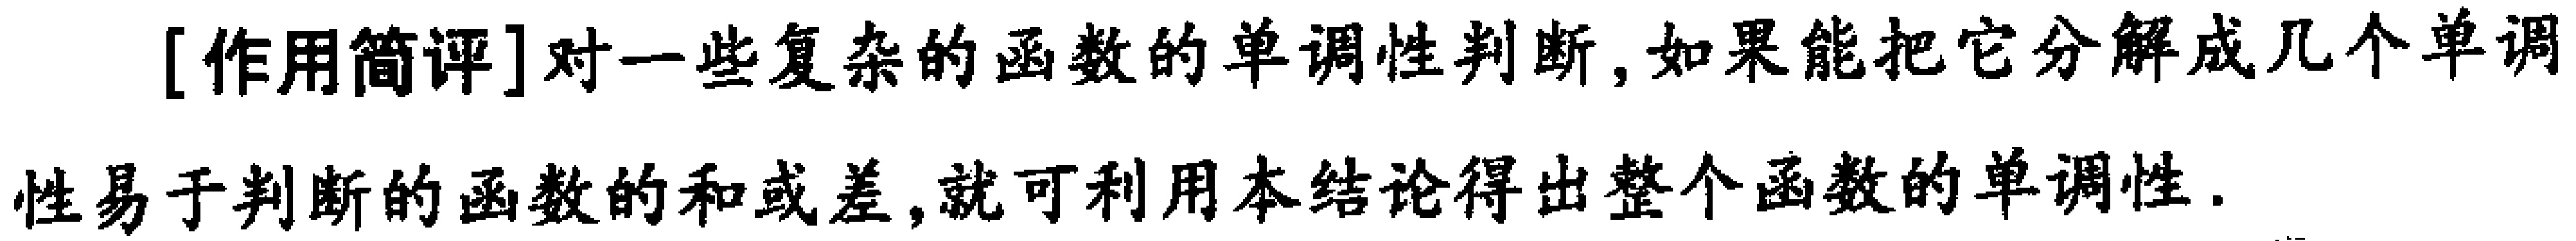
[作用简评]对一些复杂的函数的单调性判断,如果能把它分解成几个单调

性易于判断的函数的和或差,就可利用本结论得出整个函数的单调性.